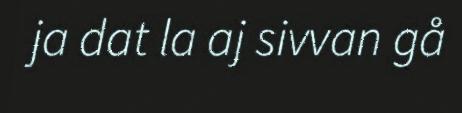
ja dat la aj sivvan gå